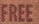
FREE